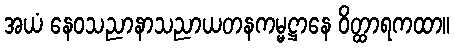
အယံ နေဝသညာနာသညာယတနကမ္မဋ္ဌာနေ ဝိတ္ထာရကထာ။